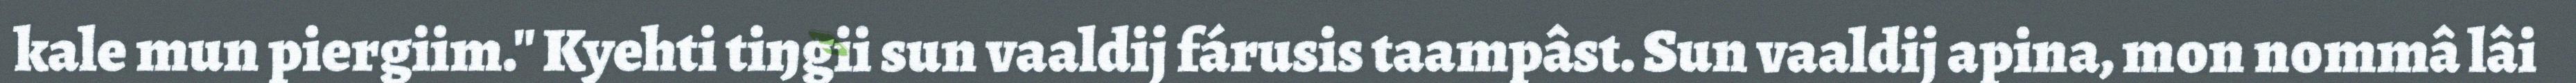
kale mun piergiim." Kyehti tiŋgii sun vaaldij fárusis taampâst. Sun vaaldij apina, mon nommâ lâi